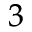
^ 3